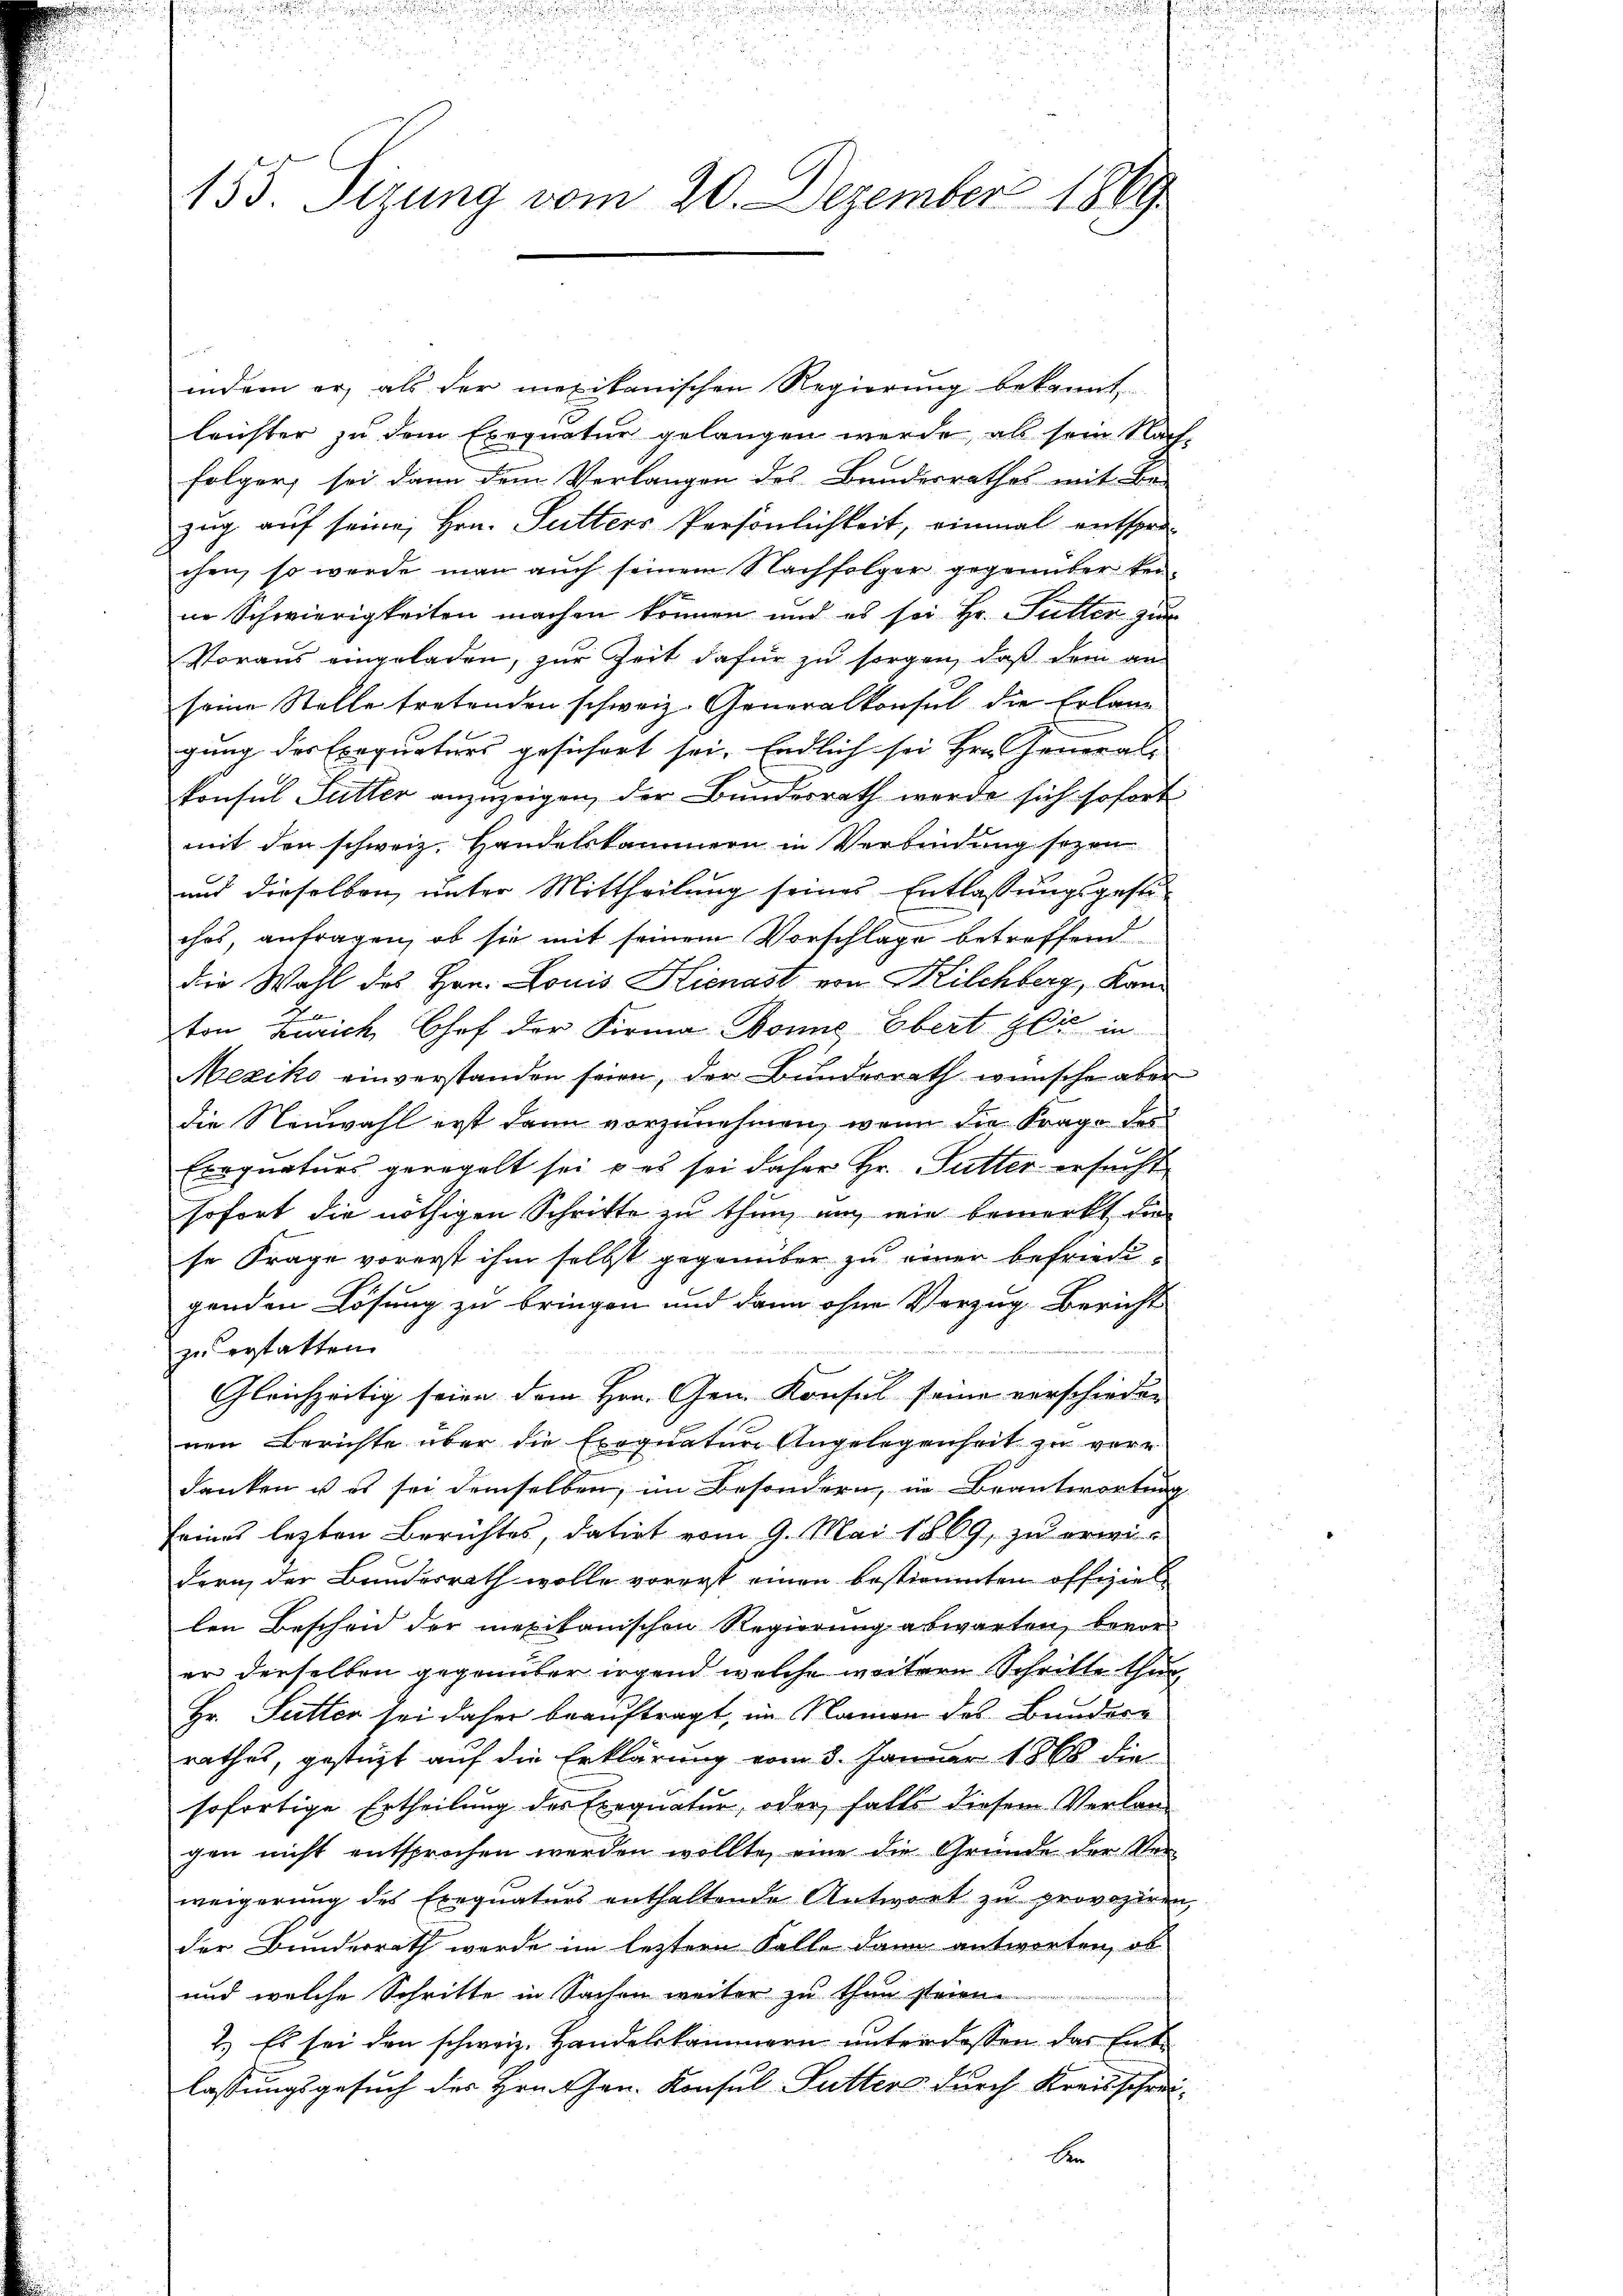
155. Sizung vom 20. Dezember 1869

indem er, als der mexikanischen Regierung bekannt
leichter zu dem Exequatur gelangen werde, als sein Nach-
folger, sei dann dem Verlangen des Bundesrathes mit Be-
zug auf seine, Hrn. Sutters Persönlichkeit, einmal entsprechen, so werde man auch seinem Nachfolger gegenüber keine Schwierigkeiten machen können und es sei Hr. Futter zur
Voraus eingeladen, zur Zeit dafür zu sorgen, daß dem an
seine Stelle tretenden schweiz. Generalkonsul die Erlang
gung der Exequaters gesichert sei. Endlich sei Hrn. General-
konsul Futter anzuzeigen, der Bundesrath werde sich sofort
mit den schweiz. Handelskammern in Verbindung sezen
und dieselben, unter Mittheilung seines Entlassungsgesti-
chos, anfragen, ob sie mit seinem Vorschlage betreffend
die Wahl des Hrn. Louis Hienast von Kilchberg, Kanton Zürich Chef der Firma Bonne Ebert der in
Mexiko einverstanden seien, der Bunderrath wünsche aber
die Neuwahl erst dann vorzunehmen, wenn die Frage des
Errgnaturs geregelt sei, u es sei daher Hr. Sutter ersucht
sofort die nöthigen Schritte zu thun, um wie bemerkt die
se Frage vorerst ihm selbst gegenüber zu einer befriedigenden Lösung zu bringen und dann ohne Vorzug, Bericht
1
zu erstatten.
Gleichzeitig seien dem Hrn. Gen. Konsul seine verschieden
nen Berichte über die Exequatur Angelegenheit zu verdanken u es sei demselben, im Besondern, in Beantwortung
seines lezten Berichtes, datirt vom 9. Mai 1869, zu erwidern, der Bundesrath wolle vorerst einen bestimmten offiziel
len Bescheid der mexikanischen Regierung abwarten, bevorer derselben gegenüber irgend welche weitern Schritte thun
Hr. Sutter sei daher beauftragt, im Namen des Bundere
rathes, gestüzt auf die Erklärung vom 3. Januar 1868 die
sofortige Ertheilung des Exequatur, oder falls diesem Verlangen nicht entsprochen werden wollte, eine die Grunde der Verweigerung des Exequaturs enthaltende Antwort zu provoziren,
der Bunderrath werde im lezteren Falle dann antworten, ob
und welche Schritte in Sachen weiter zu thun steien.
2.) Es sei den schweiz. Handelskammern unter dassen das Entlassungsgesuch des Hrn. Hrn. Konsul Futters durch Kreisschreiber